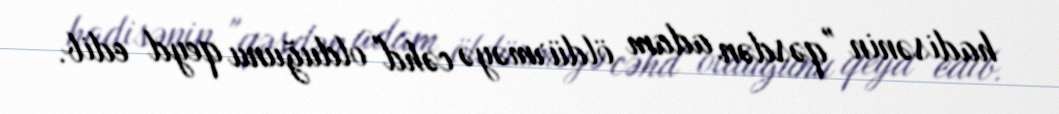
hadisənin "qəsdən adam öldürməyə cəhd" olduğunu qeyd edib.